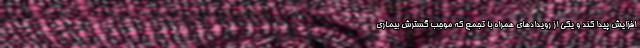
افزایش پیدا کند و یکی از رویدادهای همراه با تجمع که موجب گسترش بیماری